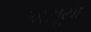
અસૂયા